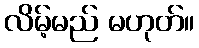
လိမ့်မည် မဟုတ်။